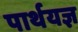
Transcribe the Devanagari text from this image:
पार्थयज्ञ